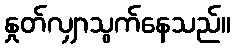
နှုတ်လျှာသွက်နေသည်။